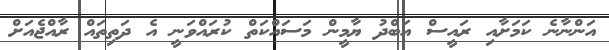
އަންނާނެ ކަމަށާއި ރައީސް އަބްދު ޔާމީން މަސައްކަތް ކުރައްވަނީ އެ ދަތިތައް ރާއްޖެއަށް